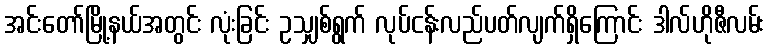
အင်းတော်မြို့နယ်အတွင်း လုံးခြင်း ဥသျှစ်ရွက် လုပ်ငန်းလည်ပတ်လျက်ရှိကြောင်း ဒါလ်ဟိုဇီလမ်း